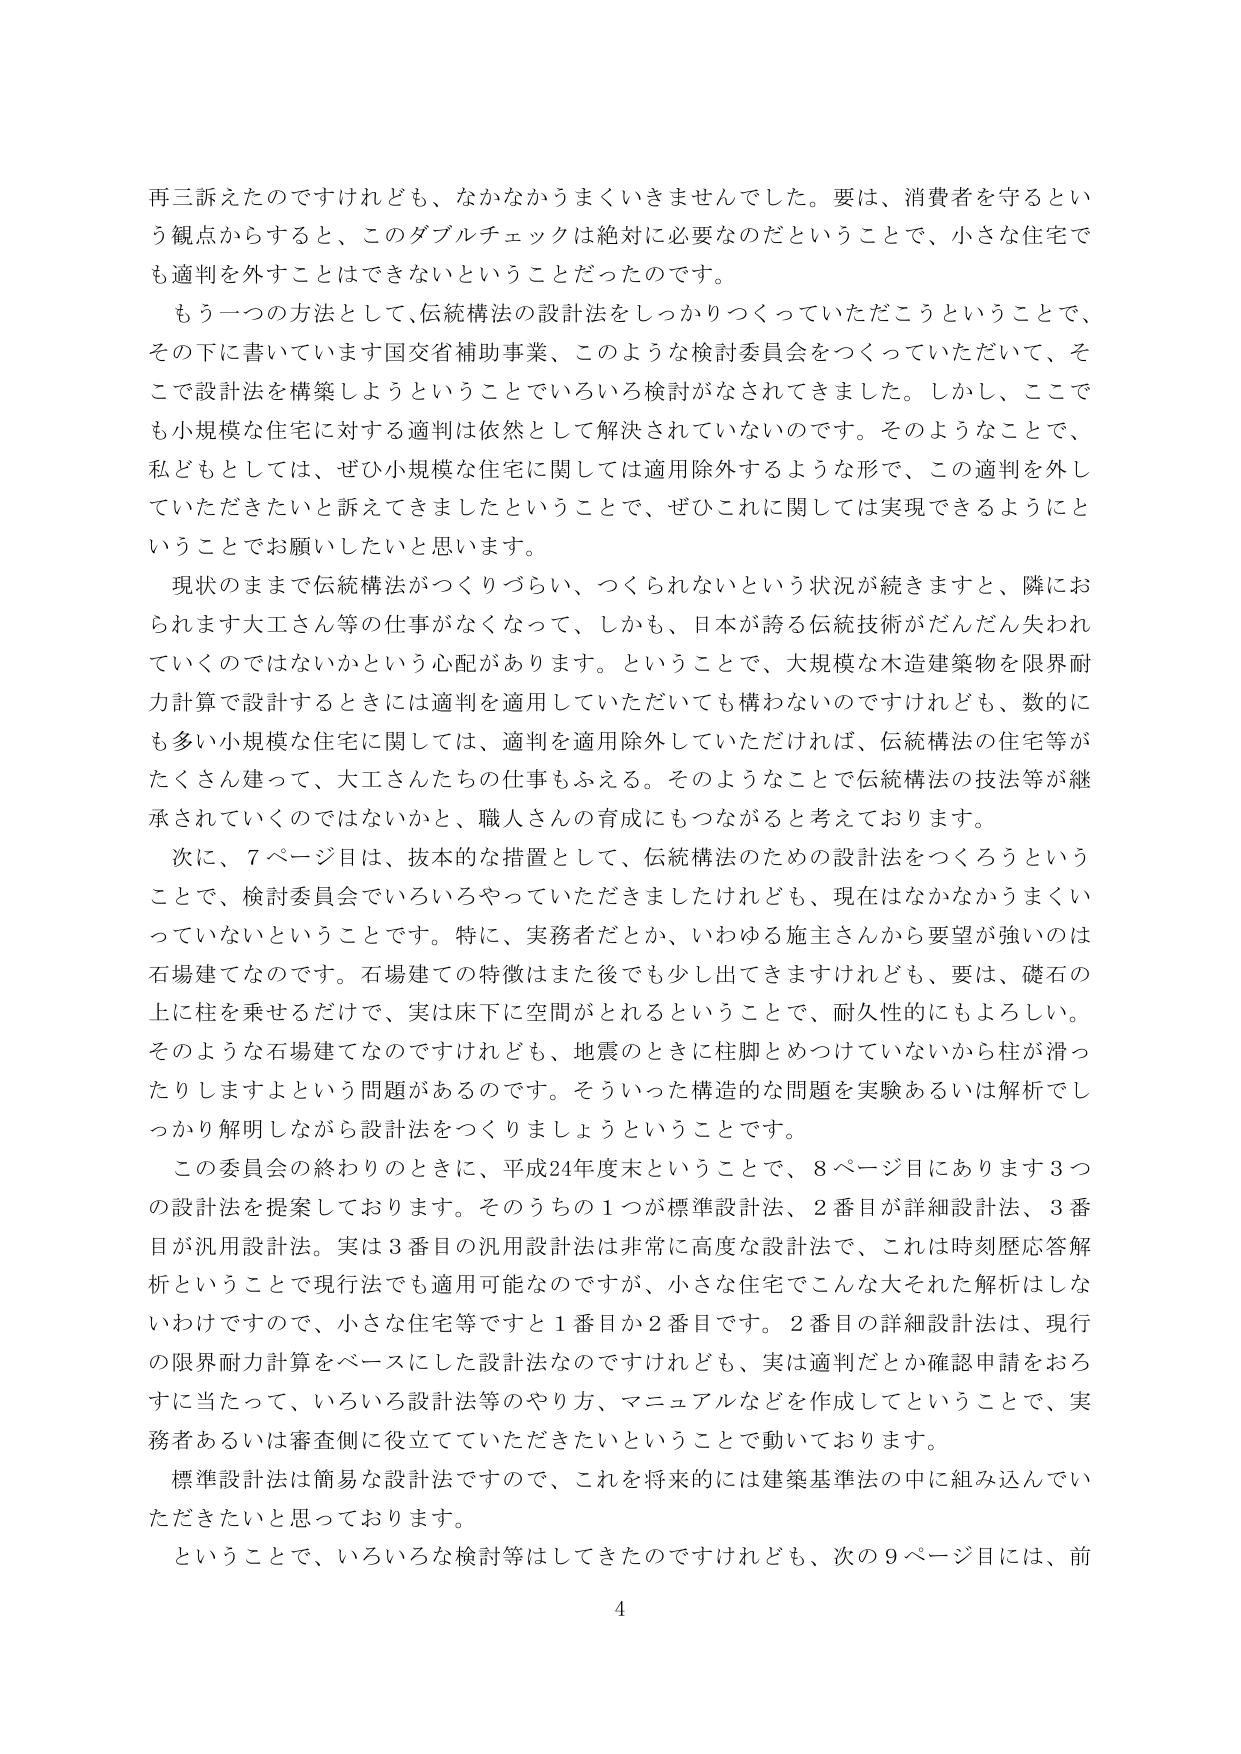
再三訴えたのですけれども、なかなかうまくいきませんでした。要は、消費者を守るという観点からすると、このダブルチェックは絶対に必要なのだということで、小さな住宅でも適判を外すことはできないということだったのです。

もう一つの方法として、伝統構法の設計法をしっかりつくっていただこうということで、その下に書いています国交省補助事業、このような検討委員会をつくっていただいて、そこで設計法を構築しようということでいろいろ検討がなされてきました。しかし、ここでも小規模な住宅に対する適判は依然として解決されていないのです。そのようなことで、私どもとしては、ぜひ小規模な住宅に関しては適用除外するような形で、この適判を外していただきたいと訴えてきましたということで、ぜひこれに関しては実現できるようにということでお願いしたいと思います。

現状のままで伝統構法がつくりづらい、つくられないという状況が続きますと、隣におられます大工さん等の仕事がなくなって、しかも、日本が誇る伝統技術がだんだん失われていくのではないかという心配があります。ということで、大規模な木造建築物を限界耐力計算で設計するときには適判を適用していただいても構わないのですけれども、数的にも多い小規模な住宅に関しては、適判を適用除外していただければ、伝統構法の住宅等がたくさん建って、大工さんたちの仕事もふえる。そのようなことで伝統構法の技法等が継承されていくのではないかと、職人さんの育成にもつながると考えております。

次に、7ページ目は、抜本的な措置として、伝統構法のための設計法をつくろうということで、検討委員会でいろいろやっていただきましたけれども、現在はなかなかうまくいっていないということです。特に、実務者だとか、いわゆる施主さんから要望が強いのは石場建てなのです。石場建ての特徴はまた後でも少し出てきますけれども、要は、礎石の上に柱を乗せるだけで、実は床下に空間がとれるということで、耐久性的にもよろしい。そのような石場建てなのですがけれども、地震のときに柱脚とめつけていないから柱が滑ったりしますよという問題があるのです。そういった構造的な問題を実験あるいは解析でしっかり解明しながら設計法をつくりましょうということです。

この委員会の終わりのときに、平成24年度末ということで、8ページ目にあります3つの設計法を提案しております。そのうちの1つが標準設計法、2番目が詳細設計法、3番目が汎用設計法。実は3番目の汎用設計法は非常に高度な設計法で、これは時刻歴応答解析ということで現行法でも適用可能なのですが、小さな住宅でこんな大それた解析はしないわけですので、小さな住宅等ですと1番目か2番目です。2番目の詳細設計法は、現行の限界耐力計算をベースにした設計法なのですがけれども、実は適判だとか確認申請をおろすに当たって、いろいろ設計法等のやり方、マニュアルなどを作成してということで、実務者あるいは審査側に役立てていただきたいということで動いております。

標準設計法は簡易な設計法ですので、これを将来的には建築基準法の中に組み込んでいただきたいと思っております。

ということで、いろいろな検討等はしてきたのですけれども、次の9ページ目には、前

4